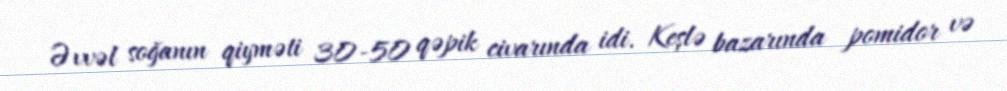
Əvvəl soğanın qiyməti 30-50 qəpik civarında idi. Keşlə bazarında pomidor və